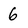
Character: 6